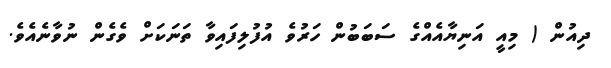
ދިއުން ( މިއީ އަނިޔާއެއްގެ ސަބަބުން ހަރުވެ އުފުލިފައިވާ ތަނަކަށް ވެގެން ނުވާނެއެވެ.